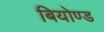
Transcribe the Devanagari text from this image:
बियोण्ड